Report on vaccination in the Province of Bengal - 1869-1873
Year: 1869
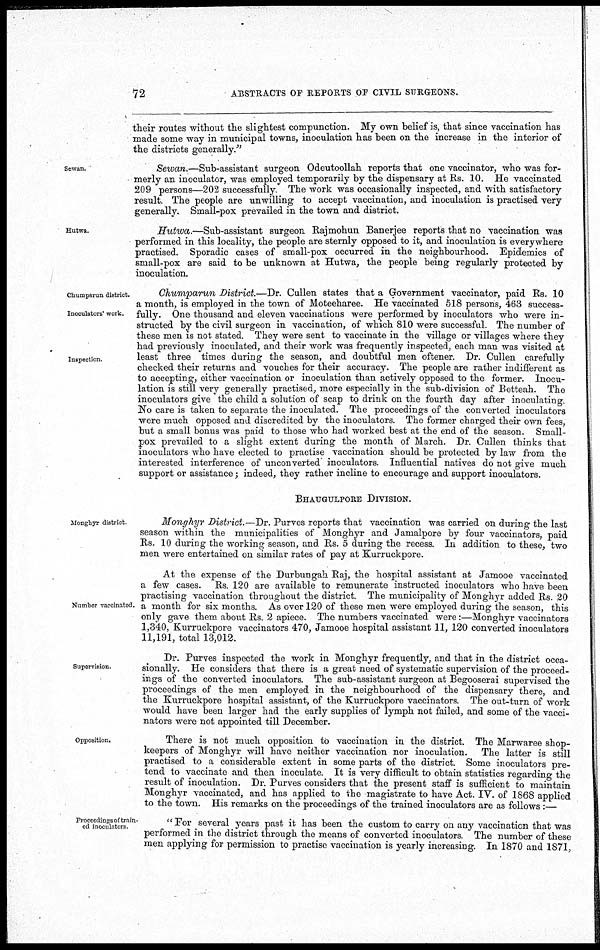
72
ABSTRACTS OF REPORTS OF CIVIL SURGEONS.
their routes without the slightest compunction. My own belief is, that since vaccination has
made some way in municipal towns, inoculation has been on the increase in the interior of
the districts generally."
Sewan.
Sewan.—Sub-assistant surgeon Odeutoollah reports that one vaccinator, who was for-
merly an inoculator, was employed temporarily by the dispensary at Rs. 10. He vaccinated
209 persons—202 successfully. The work was occasionally inspected, and with satisfactory
result. The people are unwilling to accept vaccination, and inoculation is practised very
generally. Small-pox prevailed in the town and district.
Hutwa.
Hutwa.—Sub-assistant
surgeon Rajmohun Banerjee reports that no vaccination was
performed in this locality, the people are sternly opposed to it, and inoculation is everywhere
practised. Sporadic cases of small-pox occurred in the neighbourhood. Epidemics of
small-pox are said to be unknown at Hutwa, the people being regularly protected by
inoculation.
Chumparun district.
Inoculators' work.
Inspection.
Chumparun District.—Dr. Cullen states that a Government vaccinator, paid Rs. 10
a month, is employed in the town of Moteeharee. He vaccinated 518 persons, 463 success-
fully. One thousand and eleven vaccinations were performed by inoculators who were in-
structed by the civil surgeon in vaccination, of which 810 were successful. The number of
these men is not stated. They were sent to vaccinate in the village or villages where they
had previously inoculated, and their work was frequently inspected, each man was visited at
least three times during the season, and doubtful men oftener. Dr. Cullen carefully
checked their returns and vouches for their accuracy. The people are rather indifferent as
to accepting, either vaccination or inoculation than actively opposed to the former. Inocu-
lation is still very generally practised, more especially in the sub-division of Betteah. The
inoculators give the child a solution of scap to drink on the fourth day after inoculating.
No care is taken to separate the inoculated. The proceedings of the converted inoculators
were much opposed and discredited by the inoculators. The former charged their own fees,
but a small bonus was paid to those who had worked best at the end of the season. Small-
pox prevailed to a slight extent during the month of March. Dr. Cullen thinks that
inoculators who have elected to practise vaccination should be protected by law from the
interested interference of unconverted inoculators. Influential natives do not give much
support or assistance; indeed, they rather incline to encourage and support inoculators.
BHAUGULPORE DIVISION.
Monghyr district.
Monghyr District.—Dr. Purves reports that vaccination was carried on during the last
season within the municipalities of Monghyr and Jamalpore by four vaccinators, paid
Rs. 10 during the working season, and Rs. 5 during the recess. In addition to these, two
men were entertained on similar rates of pay at Kurruckpore.
Number vaccinated.
At the expense of the Durbungah Raj, the hospital assistant at Jamooe vaccinated
a few cases. Rs. 120 are available to remunerate instructed inoculators who have been
practising vaccination throughout the district The municipality of Monghyr added Rs. 20
a month for six months. As over 120 of these men were employed during the season, this
only gave them about Rs. 2 apiece. The numbers vaccinated were:—Monghyr vaccinators
1,340, Kurruckpore vaccinators 470, Jamooe hospital assistant 11, 120 converted inoculators
11,191, total 13,012.
Supervision.
Dr. Purves inspected the work in Monghyr frequently, and that in the district occa-
sionally. He considers that there is a great need of systematic supervision of the proceed-
ings of the converted inoculators. The sub-assistant surgeon at Begooserai supervised the
proceedings of the men employed in the neighbourhood of the dispensary there, and
the Kurruckpore hospital assistant, of the Kurruckpore vaccinators. The out-turn of work
would have been larger had the early supplies of lymph not failed, and some of the vacci-
nators were not appointed till December.
Opposition.
There is not much opposition to vaccination in the district. The Marwaree shop-
keepers of Monghyr will have neither vaccination nor inoculation. The latter is still
practised to a considerable extent in some parts of the district. Some inoculators pre-
tend to vaccinate and then inoculate. It is very difficult to obtain statistics regarding the
result of inoculation. Dr. Purves considers that the present staff is sufficient to maintain
Monghyr vaccinated, and has applied to the magistrate to have Act. IV. of 1868 applied
to the town. His remarks on the proceedings of the trained inoculators are as follows :—
Proceedings of train-
ed inoculators.
"For several years past it has been the custom to carry on any vaccination that was
performed in the district through the means of converted inoculators. The number of these
men applying for permission to practise vaccination is yearly increasing. In 1870 and 1871,